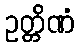
ဥတ္တိဏံ